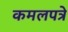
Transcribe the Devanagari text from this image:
कमलपत्रे